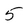
Character: 5